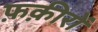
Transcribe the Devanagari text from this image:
फ़क़ीरों